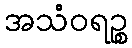
အသံဝရဉ္စ